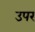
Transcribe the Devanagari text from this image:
उपर